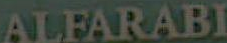
ALFARABI